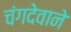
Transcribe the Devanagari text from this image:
चंगदेवाने